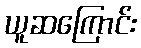
ယူဆကြောင်း